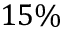
1 5 \%